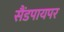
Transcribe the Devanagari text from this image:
सैंडपायपर